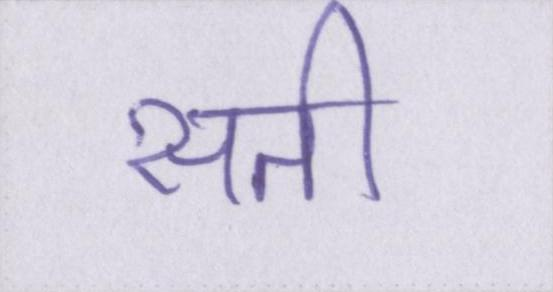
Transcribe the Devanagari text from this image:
सती